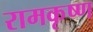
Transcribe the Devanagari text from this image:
रामकृष्‍ण